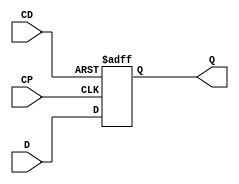
module notech_reg (CP,CD,D,Q);
input CP,CD,D;
output reg Q;
always @(posedge CP or negedge CD) if (CD==0) Q <= 0; else Q<=D;
endmodule